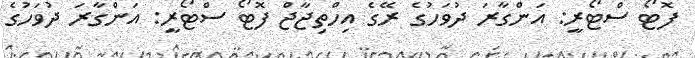
ފޮޓޯ ސްޓޯރީ: އަންގާރަ ދުވަހުގެ ރޭގެ އިހްތިޖާޖް ފޮޓޯ ސްޓޯރީ: އަންގާރަ ދުވަހުގެ